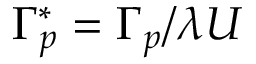
\Gamma _ { p } ^ { * } = \Gamma _ { p } / \lambda U